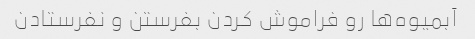
آبمیوه‌ها رو فراموش کردن بفرستن و نفرستادن